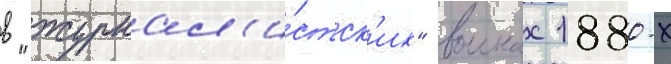
в "журнал'и́стск'их" воинах 1880-х